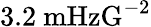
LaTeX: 3.2\ \mathrm{mHzG^{-2}}